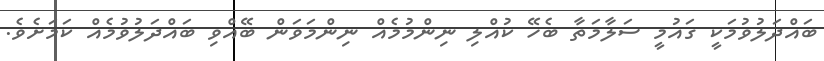
ބައްދަލުވުމަކީ ގައުމީ ސަލާމަތާ ބެހޭ ކުއްލި ނިންމުމެއް ނިންމަވަން ބޭއްވި ބައްދަލުވުމެއް ކަމަށެވެ.